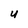
Character: U